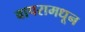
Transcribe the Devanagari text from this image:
वापरामधून